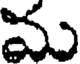
మ